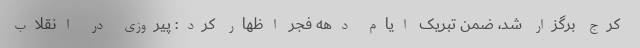
کرج برگزار شد، ضمن تبریک ایام دهه فجر اظهار کرد: پیروزی در انقلاب